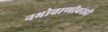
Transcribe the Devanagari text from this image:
नभोवाणीवरही